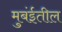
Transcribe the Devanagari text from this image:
मुबंईतील